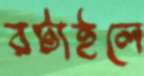
রটাইলে